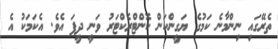
ތެރޭގައި ނިންމާނެ ކަމުގެ ޔަގީންކަން ކޮންޓްރެކްޓަރު ވަނީ ދީފަ އެވެ. އެކަމަކު އެ